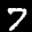
Label: 7